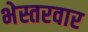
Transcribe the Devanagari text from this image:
भेस्तरवार